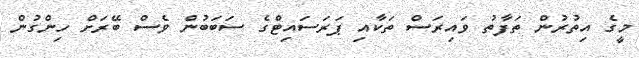
މީގެ އިތުރުން ތަފާތު ވައިރަސް ތަކާއި ޕަރަސައިޓްގެ ސަބަބުން ވެސް ބޭރަށް ހިންގުން